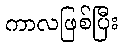
ကာလဖြစ်ပြီး